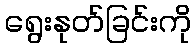
ရွေးနုတ်ခြင်းကို